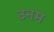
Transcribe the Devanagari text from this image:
उनम